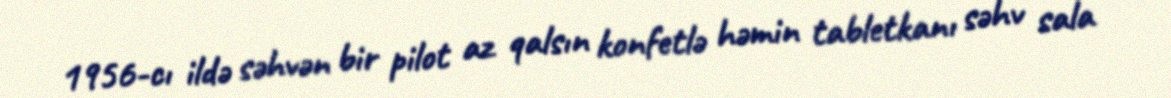
1956-cı ildə səhvən bir pilot az qalsın konfetlə həmin tabletkanı səhv sala